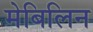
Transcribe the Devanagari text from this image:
मेबिलिन